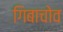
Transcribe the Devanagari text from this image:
गिबाचोव